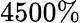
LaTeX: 4500\%